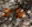
ذات